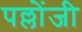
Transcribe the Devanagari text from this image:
पल्लोंजी